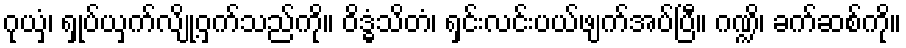
ဂုယှံ၊ ရှုပ်ယှက်လျို့ဝှက်သည်ကို။ ဝိဒ္ဓံသိတံ၊ ရှင်းလင်းပယ်ဖျက်အပ်ပြီ။ ဂဏ္ဍိ၊ ခက်ဆစ်ကို။